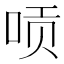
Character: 唝